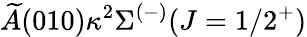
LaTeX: \widetilde{A}(010)\kappa^{2}\Sigma^{(-)}(J=1/2^{+})